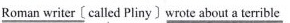
\underline{Roman writer } [called Pliny] \underline{wrote about a terile}